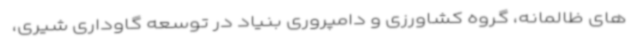
های ظالمانه، گروه کشاورزی و دامپروری بنیاد در توسعه گاوداری شیری،